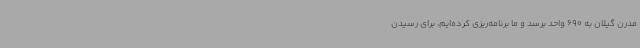
مدرن گیلان به 690 واحد برسد و ما برنامه‌ریزی کرده‌ایم، برای رسیدن